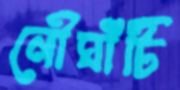
নৌঘাঁটি